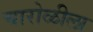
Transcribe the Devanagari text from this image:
चारोळीला